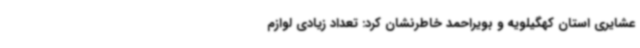
عشایری استان کهگیلویه و بویراحمد خاطرنشان کرد: تعداد زیادی لوازم